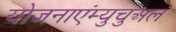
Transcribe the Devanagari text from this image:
योजनाएंम्युचुअल